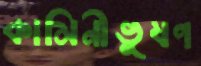
কামিনীভূষণ